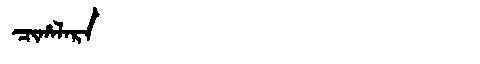
Manchu: ᠴᡳᡥᠠᠯᠠᡵᠠ
Romanization: CIHALARA